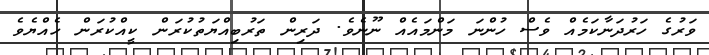
ވަރުގެ ހަރުދަނާކަމެއް ވެސް ހުންނަ މަންމައެއް ނޫނެވެ. ދަރިން ތަރުބިއްޔަތުކުރަން ކީއްކުރަން ހެއްޔެވެ